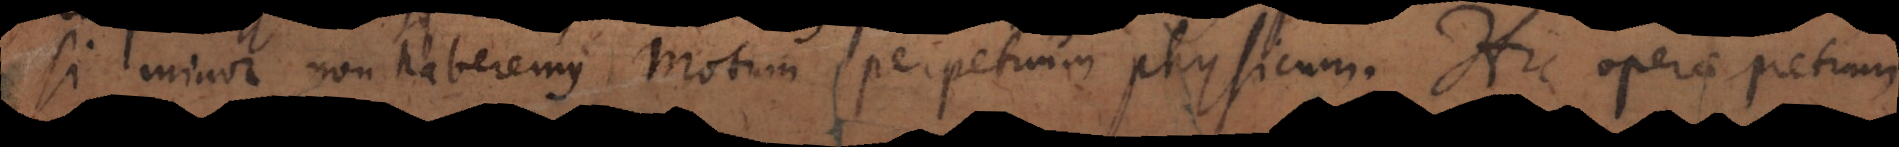
si minor, non haberemus motum perpetuum physicum. Hic operae pretium